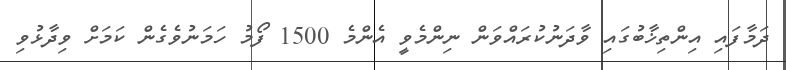
ދަމާފައި އިންތިޚާބުގައި ވާދަނުކުރައްވަން ނިންމެވީ އެންމެ 1500 ފޯމު ހަމަނުވެގެން ކަމަށް ވިދާޅުވި